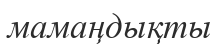
мамаңдықты